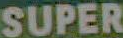
SUPER